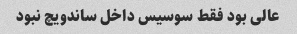
عالی بود فقط سوسیس داخل ساندویچ نبود